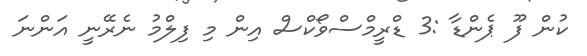
ކުން ފޫ ޕެންޑާ :3 ޑްރީމްސްވޯކްސް އިން މި ފިލްމު ނެރޭނީ އަންނަ